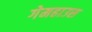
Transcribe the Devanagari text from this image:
गेमहाउस